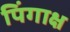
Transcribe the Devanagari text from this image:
पिंगाक्ष